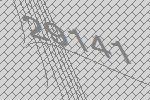
29141